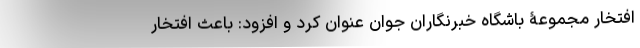
افتخار مجموعۀ باشگاه خبرنگاران جوان عنوان کرد و افزود: باعث افتخار